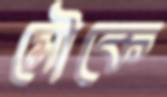
মৌকে